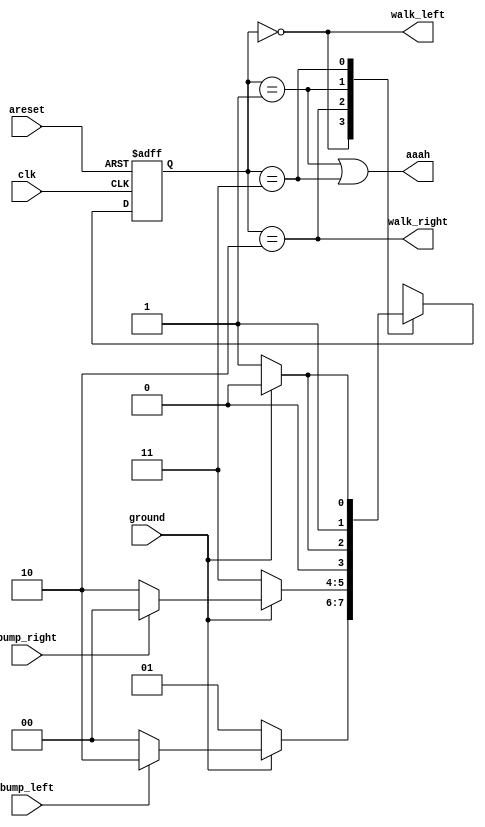
module top_module(
    input clk,
    input areset,    // Freshly brainwashed Lemmings walk left.
    input bump_left,
    input bump_right,
    input ground,
    output walk_left,
    output walk_right,
    output aaah ); 

    //parameter
    parameter left = 0, fall_left = 1, right = 2, fall_right = 3;
    reg [1:0] current, next;
    
    always @(*) begin
        case(current)
            left: if(!ground) next<= fall_left;
            	else if(bump_left) next<=right;
            	else next<=left;
            right: if(!ground) next<=fall_right;
            	else if(bump_right) next<=left;
            	else next<= right;
            fall_left: if(!ground)	next<=fall_left;
            	else next<=left;
            fall_right: if(!ground) next<=fall_right;
            	else next<= right;
        endcase
    end
    
    always @ (posedge clk or posedge areset) begin
        if(areset) current<=left;
        else current<=next;
    end
    
    assign walk_left = (current==left);
    assign walk_right = (current==right);
    assign aaah = (current== fall_left | current==fall_right);
            
endmodule